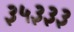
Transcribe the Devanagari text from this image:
३५३३३